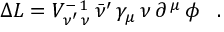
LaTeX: \Delta { \cal L } = V _ { \, \nu ^ { \prime } \, \nu } ^ { - \, 1 } \, { \bar { \nu } } ^ { \prime } \, \gamma _ { \mu } \, \nu \, \partial ^ { \, \mu } \, \phi \; \; \; .